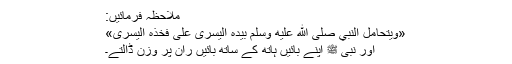
ملاحظہ فرمائیں:
«وَيَتَحَامَلُ النَّبِيُّ صَلَّى اللهُ عَلَيْهِ وَسَلَّمَ بِيَدِهِ الْيُسْرَى عَلَى فَخْذِهِ الْيُسْرَى»
اور نبی ﷺ اپنے بائیں ہاتھ کے ساتھ بائیں ران پر وزن ڈالتے۔